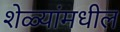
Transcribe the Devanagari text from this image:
शेळ्यांमधील